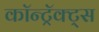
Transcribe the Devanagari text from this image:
कॉन्ट्रॅक्ट्स